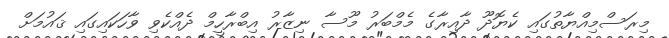
މިރަސްމިއްޔާތުގައި ކެޔޮދޫ ދާއިރާގެ މެމްބަރު މޫސާ ނިޒާރު އިބްރާހީމް ދެއްކެވި ވާހަކައިގައި ޤައުމަށް